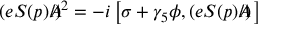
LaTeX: ( e S ( p ) A \! \! \! \! \slash ) ^ { 2 } = - i \left[ \sigma + \gamma _ { 5 } \phi , ( e S ( p ) A \! \! \! \! \slash ) \, \right]